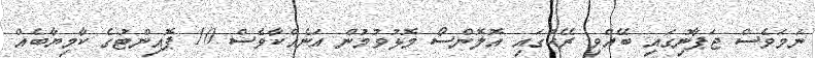
ނަމަވެސް ޖަޕާނުިގައި ބޭއްވި ރޭހުގައި އޮލޮންސޯ މޮޅުވުމުން އަނެއްކާވެސް 10 ޕޮއިންޓުގެ ކާމިޔާބެއް